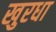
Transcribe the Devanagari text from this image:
खुरधा